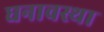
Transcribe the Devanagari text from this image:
घनावस्था